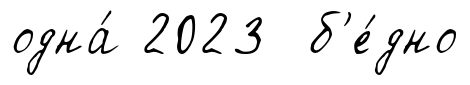
одна́ 2023 б'е́дно